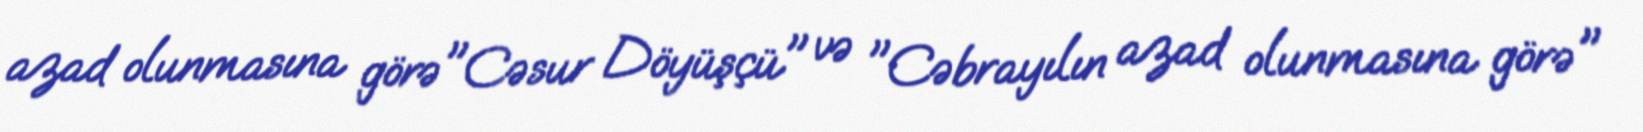
azad olunmasına görə"Cəsur Döyüşçü" və "Cəbrayılın azad olunmasına görə"